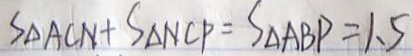
S _ { \Delta A C N } + S _ { \Delta N C P } = S _ { \Delta } A B P = 1 . 5